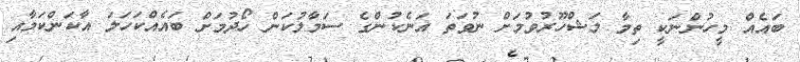
ބައެއް މީހުންނަކީ ތިމާ މަޝްހޫރުވުމަށް ނުވަތަ އަނެކުންގެ ސަމާލުކަން ހޯދުމަށް ބައެއްކަހަލަ އާކަންކަމާއި